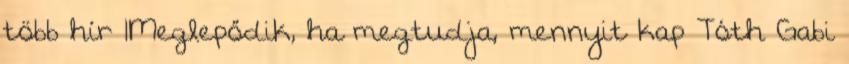
több hír 1Meglepődik, ha megtudja, mennyit kap Tóth Gabi